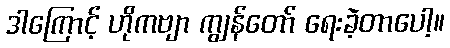
ဒါကြောင့် ဟိုကဗျာ ကျွန်တော် ရေးခဲ့တာပေါ့။